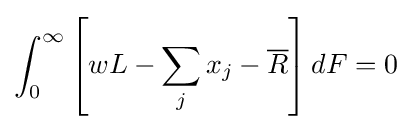
\int _{0}^{\infty }\left[wL-\sum _{j}x_{j}-{\overline {R}}\right]dF=0\;